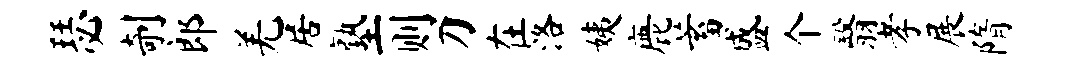
瑟剞郎羌居塾则刀在洛姨鹿蓄盛个翳孝展隋